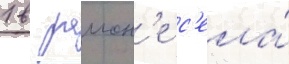
1 в раион'е с'ела́